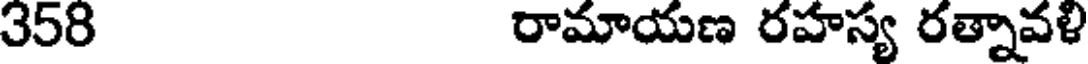
358 రామాయణ రహస్య రత్నావళి